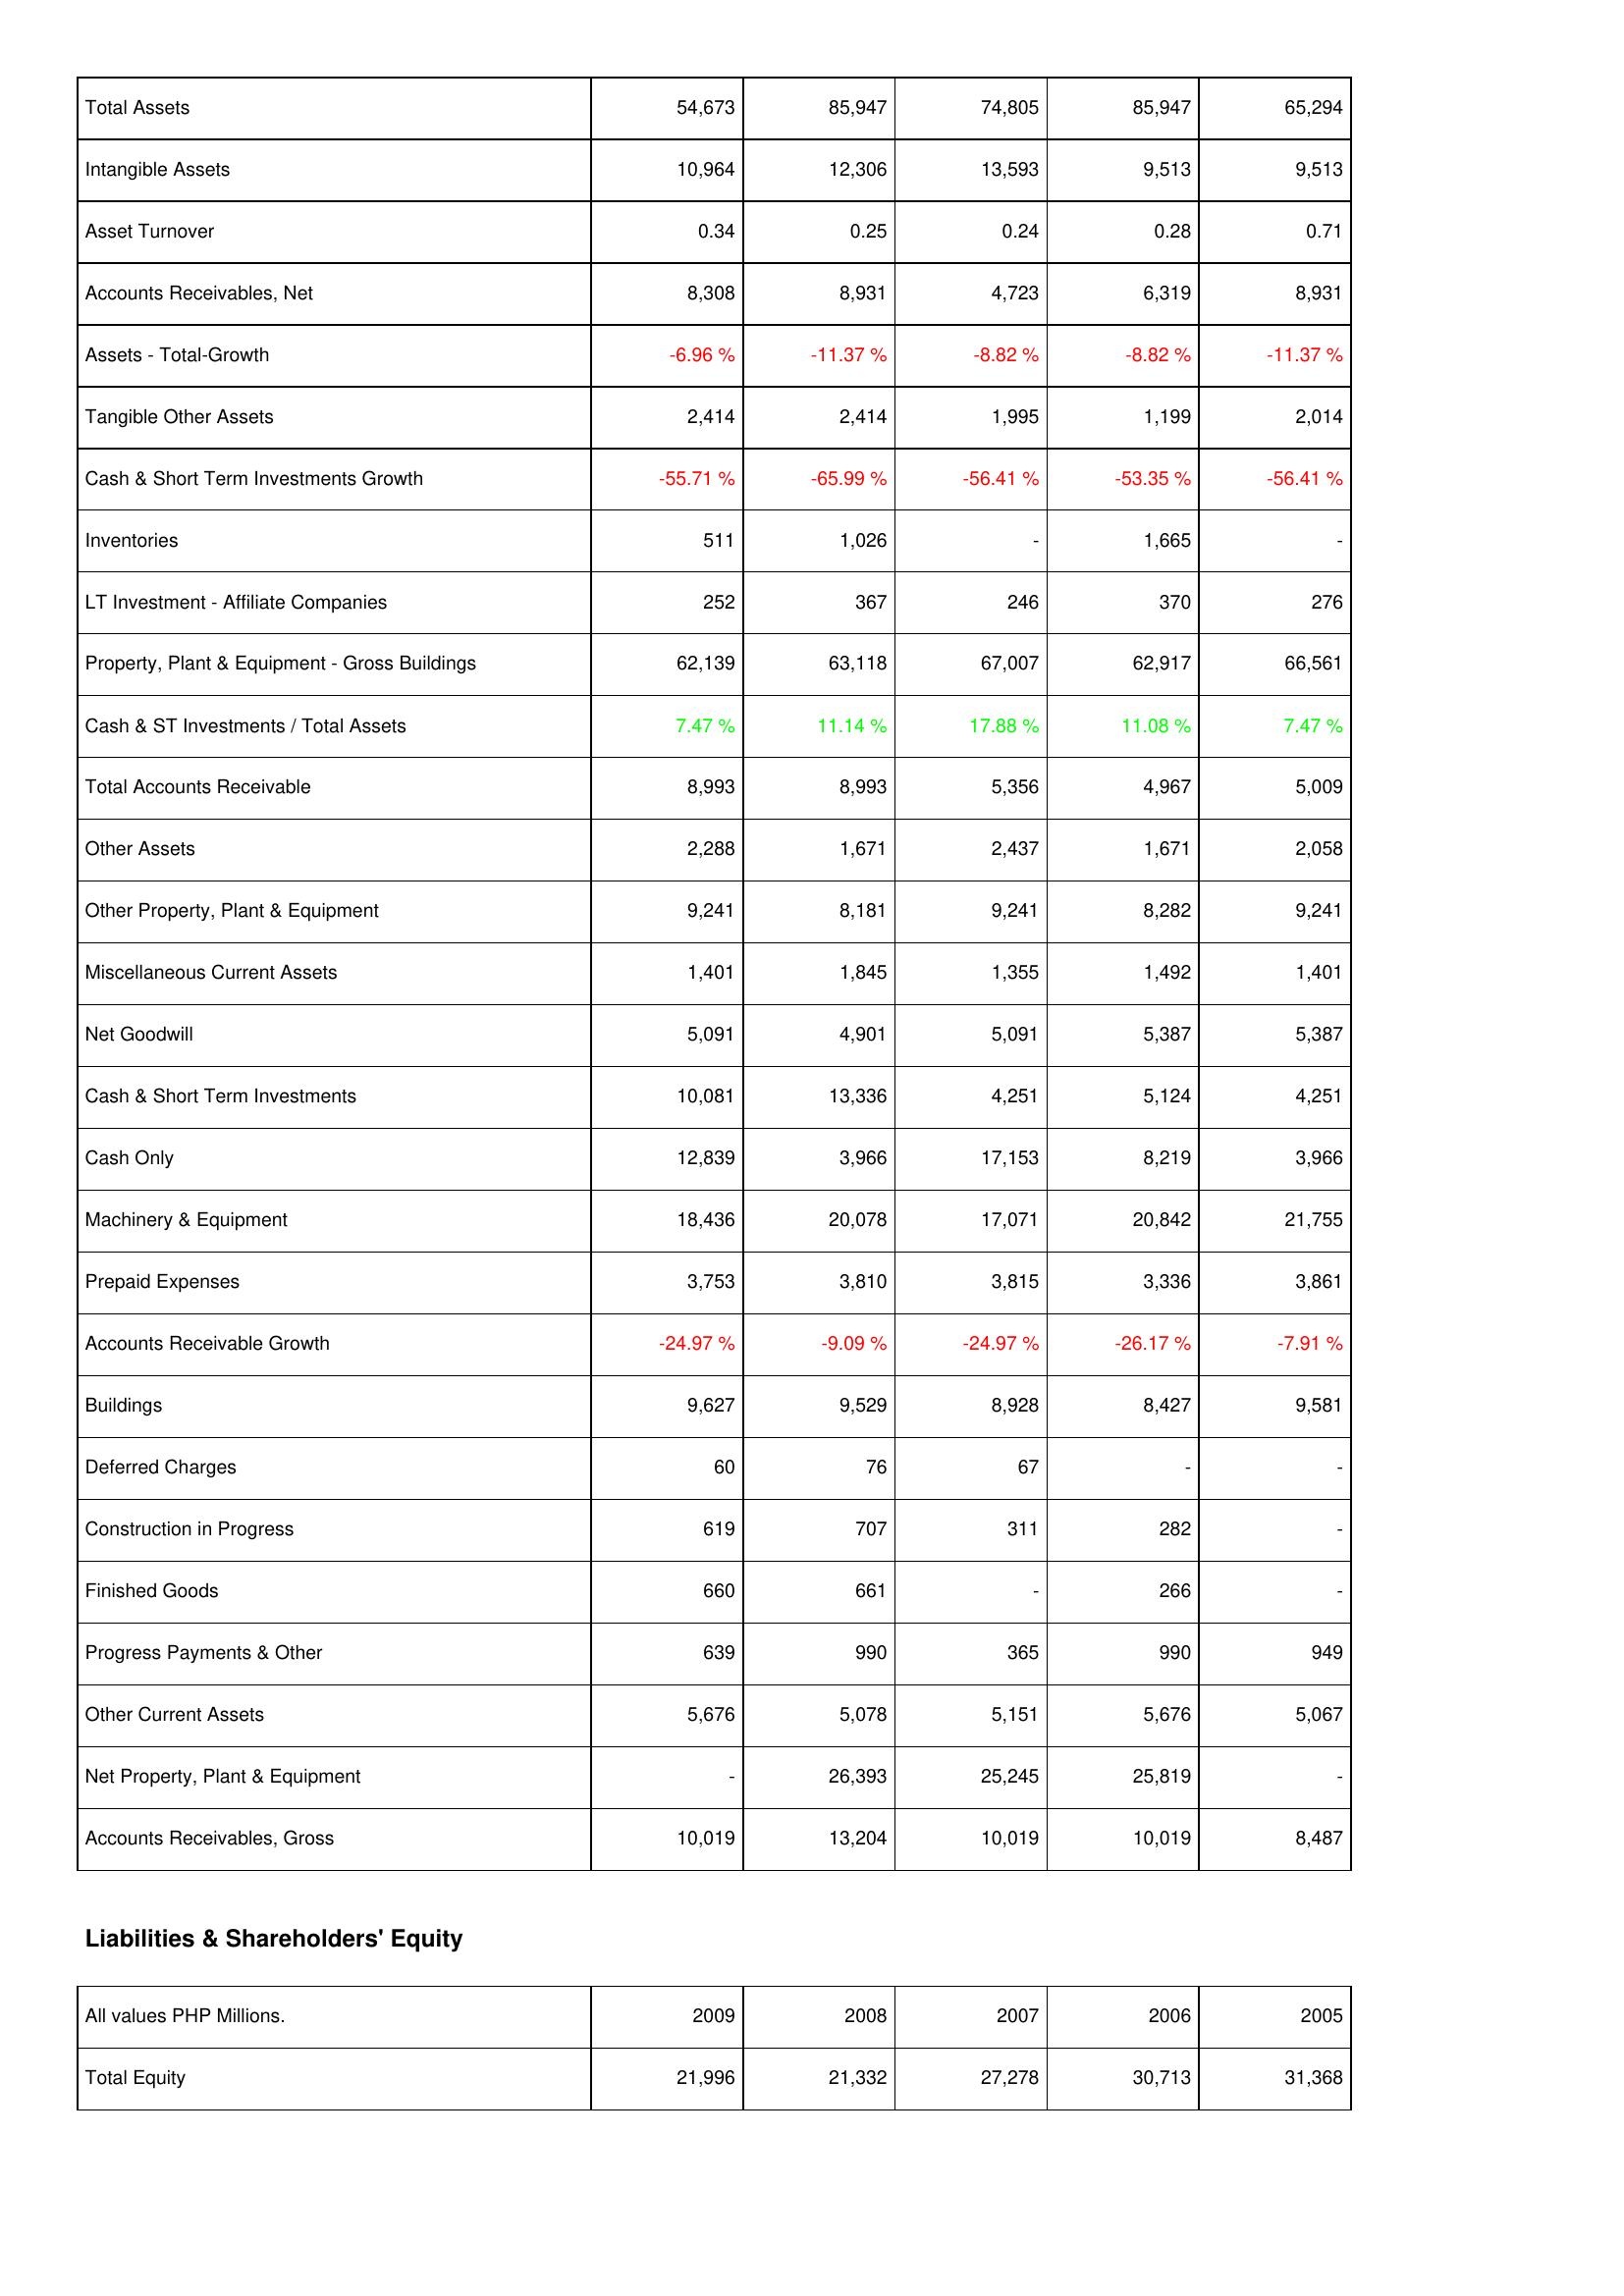
2009: Assets: Total Assets: 54,673
Intangible Assets: 10,964
Asset Turnover: 0.34
Accounts Receivables, Net: 8,308
Assets - Total-Growth: -6.96 %
Tangible Other Assets: 2,414
Cash & Short Term Investments Growth: -55.71 %
Inventories: 511
LT Investment - Affiliate Companies: 252
Property, Plant & Equipment - Gross Buildings: 62,139
Cash & ST Investments / Total Assets: 7.47 %
Total Accounts Receivable: 8,993
Other Assets: 2,288
Other Property, Plant & Equipment: 9,241
Miscellaneous Current Assets: 1,401
Net Goodwill: 5,091
Cash & Short Term Investments: 10,081
Cash Only: 12,839
Machinery & Equipment: 18,436
Prepaid Expenses: 3,753
Accounts Receivable Growth: -24.97 %
Buildings: 9,627
Deferred Charges: 60
Construction in Progress: 619
Finished Goods: 660
Progress Payments & Other: 639
Other Current Assets: 5,676
Net Property, Plant & Equipment: -
Accounts Receivables, Gross: 10,019
Liabilities & Shareholders' Equity: Total Equity: 21,996
2008: Assets: Total Assets: 85,947
Intangible Assets: 12,306
Asset Turnover: 0.25
Accounts Receivables, Net: 8,931
Assets - Total-Growth: -11.37 %
Tangible Other Assets: 2,414
Cash & Short Term Investments Growth: -65.99 %
Inventories: 1,026
LT Investment - Affiliate Companies: 367
Property, Plant & Equipment - Gross Buildings: 63,118
Cash & ST Investments / Total Assets: 11.14 %
Total Accounts Receivable: 8,993
Other Assets: 1,671
Other Property, Plant & Equipment: 8,181
Miscellaneous Current Assets: 1,845
Net Goodwill: 4,901
Cash & Short Term Investments: 13,336
Cash Only: 3,966
Machinery & Equipment: 20,078
Prepaid Expenses: 3,810
Accounts Receivable Growth: -9.09 %
Buildings: 9,529
Deferred Charges: 76
Construction in Progress: 707
Finished Goods: 661
Progress Payments & Other: 990
Other Current Assets: 5,078
Net Property, Plant & Equipment: 26,393
Accounts Receivables, Gross: 13,204
Liabilities & Shareholders' Equity: Total Equity: 21,332
2007: Assets: Total Assets: 74,805
Intangible Assets: 13,593
Asset Turnover: 0.24
Accounts Receivables, Net: 4,723
Assets - Total-Growth: -8.82 %
Tangible Other Assets: 1,995
Cash & Short Term Investments Growth: -56.41 %
Inventories: -
LT Investment - Affiliate Companies: 246
Property, Plant & Equipment - Gross Buildings: 67,007
Cash & ST Investments / Total Assets: 17.88 %
Total Accounts Receivable: 5,356
Other Assets: 2,437
Other Property, Plant & Equipment: 9,241
Miscellaneous Current Assets: 1,355
Net Goodwill: 5,091
Cash & Short Term Investments: 4,251
Cash Only: 17,153
Machinery & Equipment: 17,071
Prepaid Expenses: 3,815
Accounts Receivable Growth: -24.97 %
Buildings: 8,928
Deferred Charges: 67
Construction in Progress: 311
Finished Goods: -
Progress Payments & Other: 365
Other Current Assets: 5,151
Net Property, Plant & Equipment: 25,245
Accounts Receivables, Gross: 10,019
Liabilities & Shareholders' Equity: Total Equity: 27,278
2006: Assets: Total Assets: 85,947
Intangible Assets: 9,513
Asset Turnover: 0.28
Accounts Receivables, Net: 6,319
Assets - Total-Growth: -8.82 %
Tangible Other Assets: 1,199
Cash & Short Term Investments Growth: -53.35 %
Inventories: 1,665
LT Investment - Affiliate Companies: 370
Property, Plant & Equipment - Gross Buildings: 62,917
Cash & ST Investments / Total Assets: 11.08 %
Total Accounts Receivable: 4,967
Other Assets: 1,671
Other Property, Plant & Equipment: 8,282
Miscellaneous Current Assets: 1,492
Net Goodwill: 5,387
Cash & Short Term Investments: 5,124
Cash Only: 8,219
Machinery & Equipment: 20,842
Prepaid Expenses: 3,336
Accounts Receivable Growth: -26.17 %
Buildings: 8,427
Deferred Charges: -
Construction in Progress: 282
Finished Goods: 266
Progress Payments & Other: 990
Other Current Assets: 5,676
Net Property, Plant & Equipment: 25,819
Accounts Receivables, Gross: 10,019
Liabilities & Shareholders' Equity: Total Equity: 30,713
2005: Assets: Total Assets: 65,294
Intangible Assets: 9,513
Asset Turnover: 0.71
Accounts Receivables, Net: 8,931
Assets - Total-Growth: -11.37 %
Tangible Other Assets: 2,014
Cash & Short Term Investments Growth: -56.41 %
Inventories: -
LT Investment - Affiliate Companies: 276
Property, Plant & Equipment - Gross Buildings: 66,561
Cash & ST Investments / Total Assets: 7.47 %
Total Accounts Receivable: 5,009
Other Assets: 2,058
Other Property, Plant & Equipment: 9,241
Miscellaneous Current Assets: 1,401
Net Goodwill: 5,387
Cash & Short Term Investments: 4,251
Cash Only: 3,966
Machinery & Equipment: 21,755
Prepaid Expenses: 3,861
Accounts Receivable Growth: -7.91 %
Buildings: 9,581
Deferred Charges: -
Construction in Progress: -
Finished Goods: -
Progress Payments & Other: 949
Other Current Assets: 5,067
Net Property, Plant & Equipment: -
Accounts Receivables, Gross: 8,487
Liabilities & Shareholders' Equity: Total Equity: 31,368